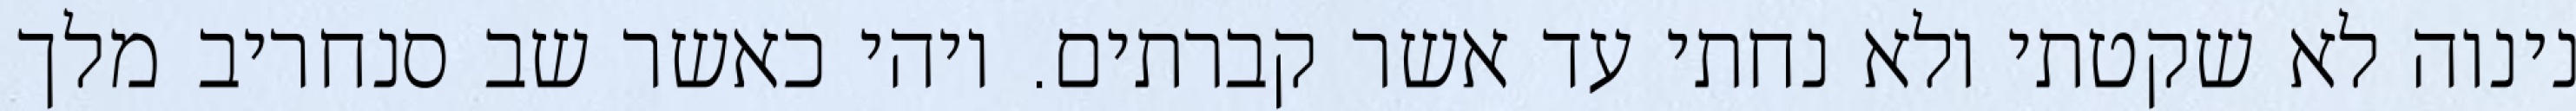
נינוה לא שקטתי ולא נחתי עד אשר קברתים. ויהי כאשר שב סנחריב מלך